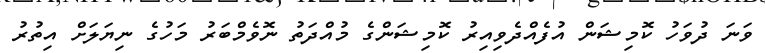
ވަނަ ދުވަހު ކޮމިޝަން އުފެއްދެވިއިރު ކޮމިޝަންގެ މުއްދަތު ނޮވެމްބަރު މަހުގެ ނިޔަލަށް އިތުރު